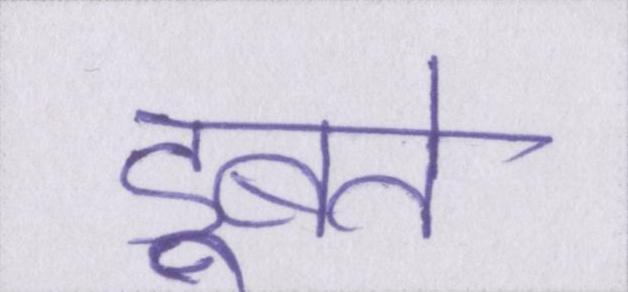
डूबते